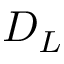
D _ { L }